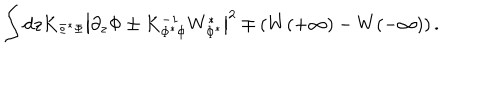
LaTeX: \int d z K _ { \Phi ^ { * } \Phi } \left| \partial _ { z } \Phi \pm K _ { \Phi ^ { * } \Phi } ^ { - 1 } W _ { \Phi ^ { * } } ^ { * } \right| ^ { 2 } \mp \left( W ( + \infty ) - W ( - \infty ) \right) .